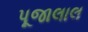
પૂજાલાલ